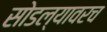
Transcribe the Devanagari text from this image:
सोडल्यावरच